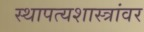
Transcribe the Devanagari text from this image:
स्थापत्यशास्त्रांवर